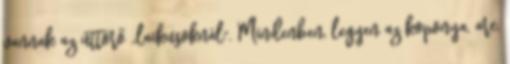
vannak az úttörő ,,laikusoknál". Mindenben, legyen az koponya, arc,